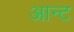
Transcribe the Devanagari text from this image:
आन्ट